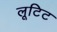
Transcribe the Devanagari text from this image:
लूटिट